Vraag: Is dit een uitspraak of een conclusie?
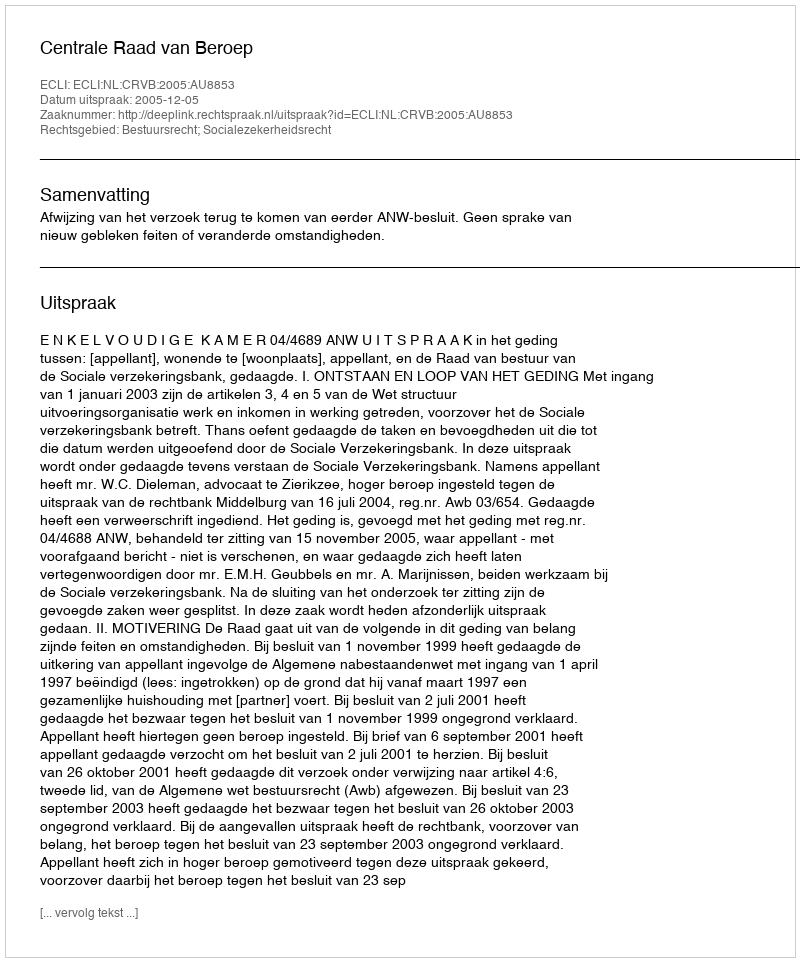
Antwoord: Uitspraak